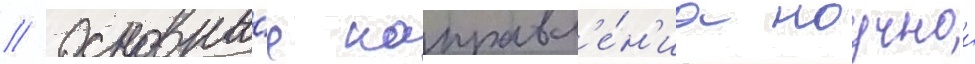
// Основны́е направл'е́н'иа научнои